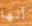
أنها